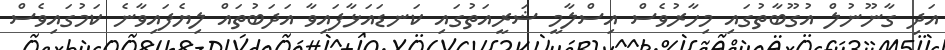
އަދި ގާނޫނުލް އުގޫބާތުގައި މިހާރުވެސް އިސްލާމީ ޝަރީއަތުގައި ކަނޑައަޅާފައިވާ އަދަބުތައް ލިޔެފައިވާނެ ކަމުގައިވެސް